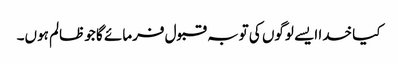
کیا خدا ایسے لوگوں کی توبہ قبول فرمائے گا جو ظالم ہوں۔